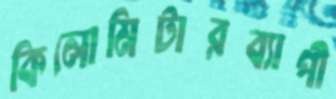
কিলোমিটারব্যাপী